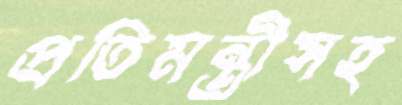
প্রতিমন্ত্রীসহ